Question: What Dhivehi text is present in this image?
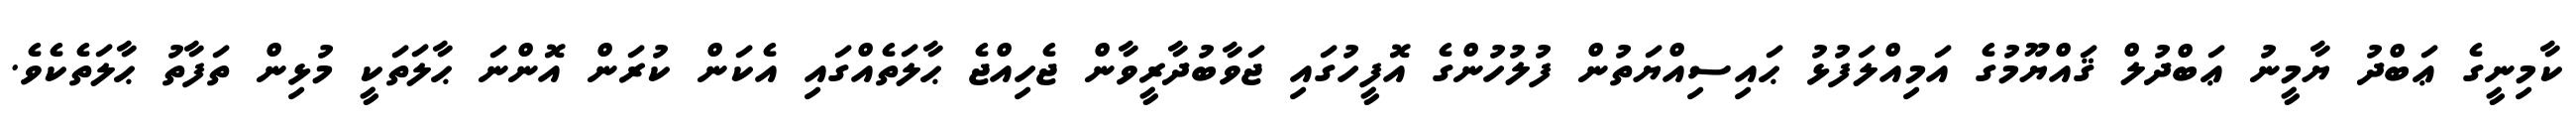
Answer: ކާމިނީގެ ޢަބްދު ޔާމީނު ޢަބްދުލް ޤައްޔޫމުގެ އަމިއްލަފުޅު ޙައިސިއްޔަތުން ފުލުހުންގެ އޮފީހުގައި ޖަވާބުދާރީވާން ޖެހިއްޖެ ޙާލަތެއްގައި އެކަން ކުރަން އޮންނަ ޙާލަތަކީ މުޅިން ތަފާތު ޙާލަތެކެވެ.